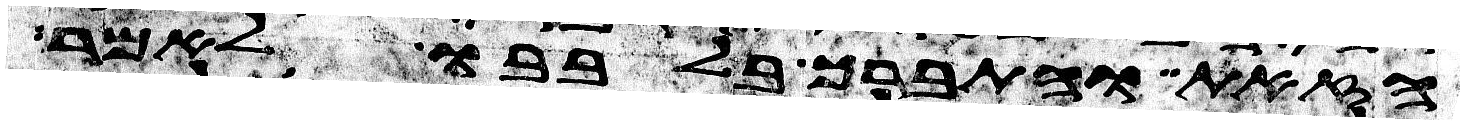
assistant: הזאת והתברך בלבבו לאמר